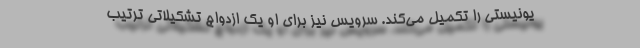
یونیستی را تکمیل می‌کند. سرویس نیز برای او یک ازدواج تشکیلاتی ترتیب